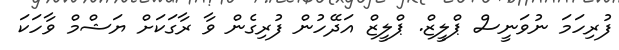
ފުރިހަމަ ނުވަނީސް ޕްލީޒް. ޕްލީޒް އަދޭހުން ފުރިގެން ވާ ރާގަކަށް ޔަޝްމް ވާހަކަ